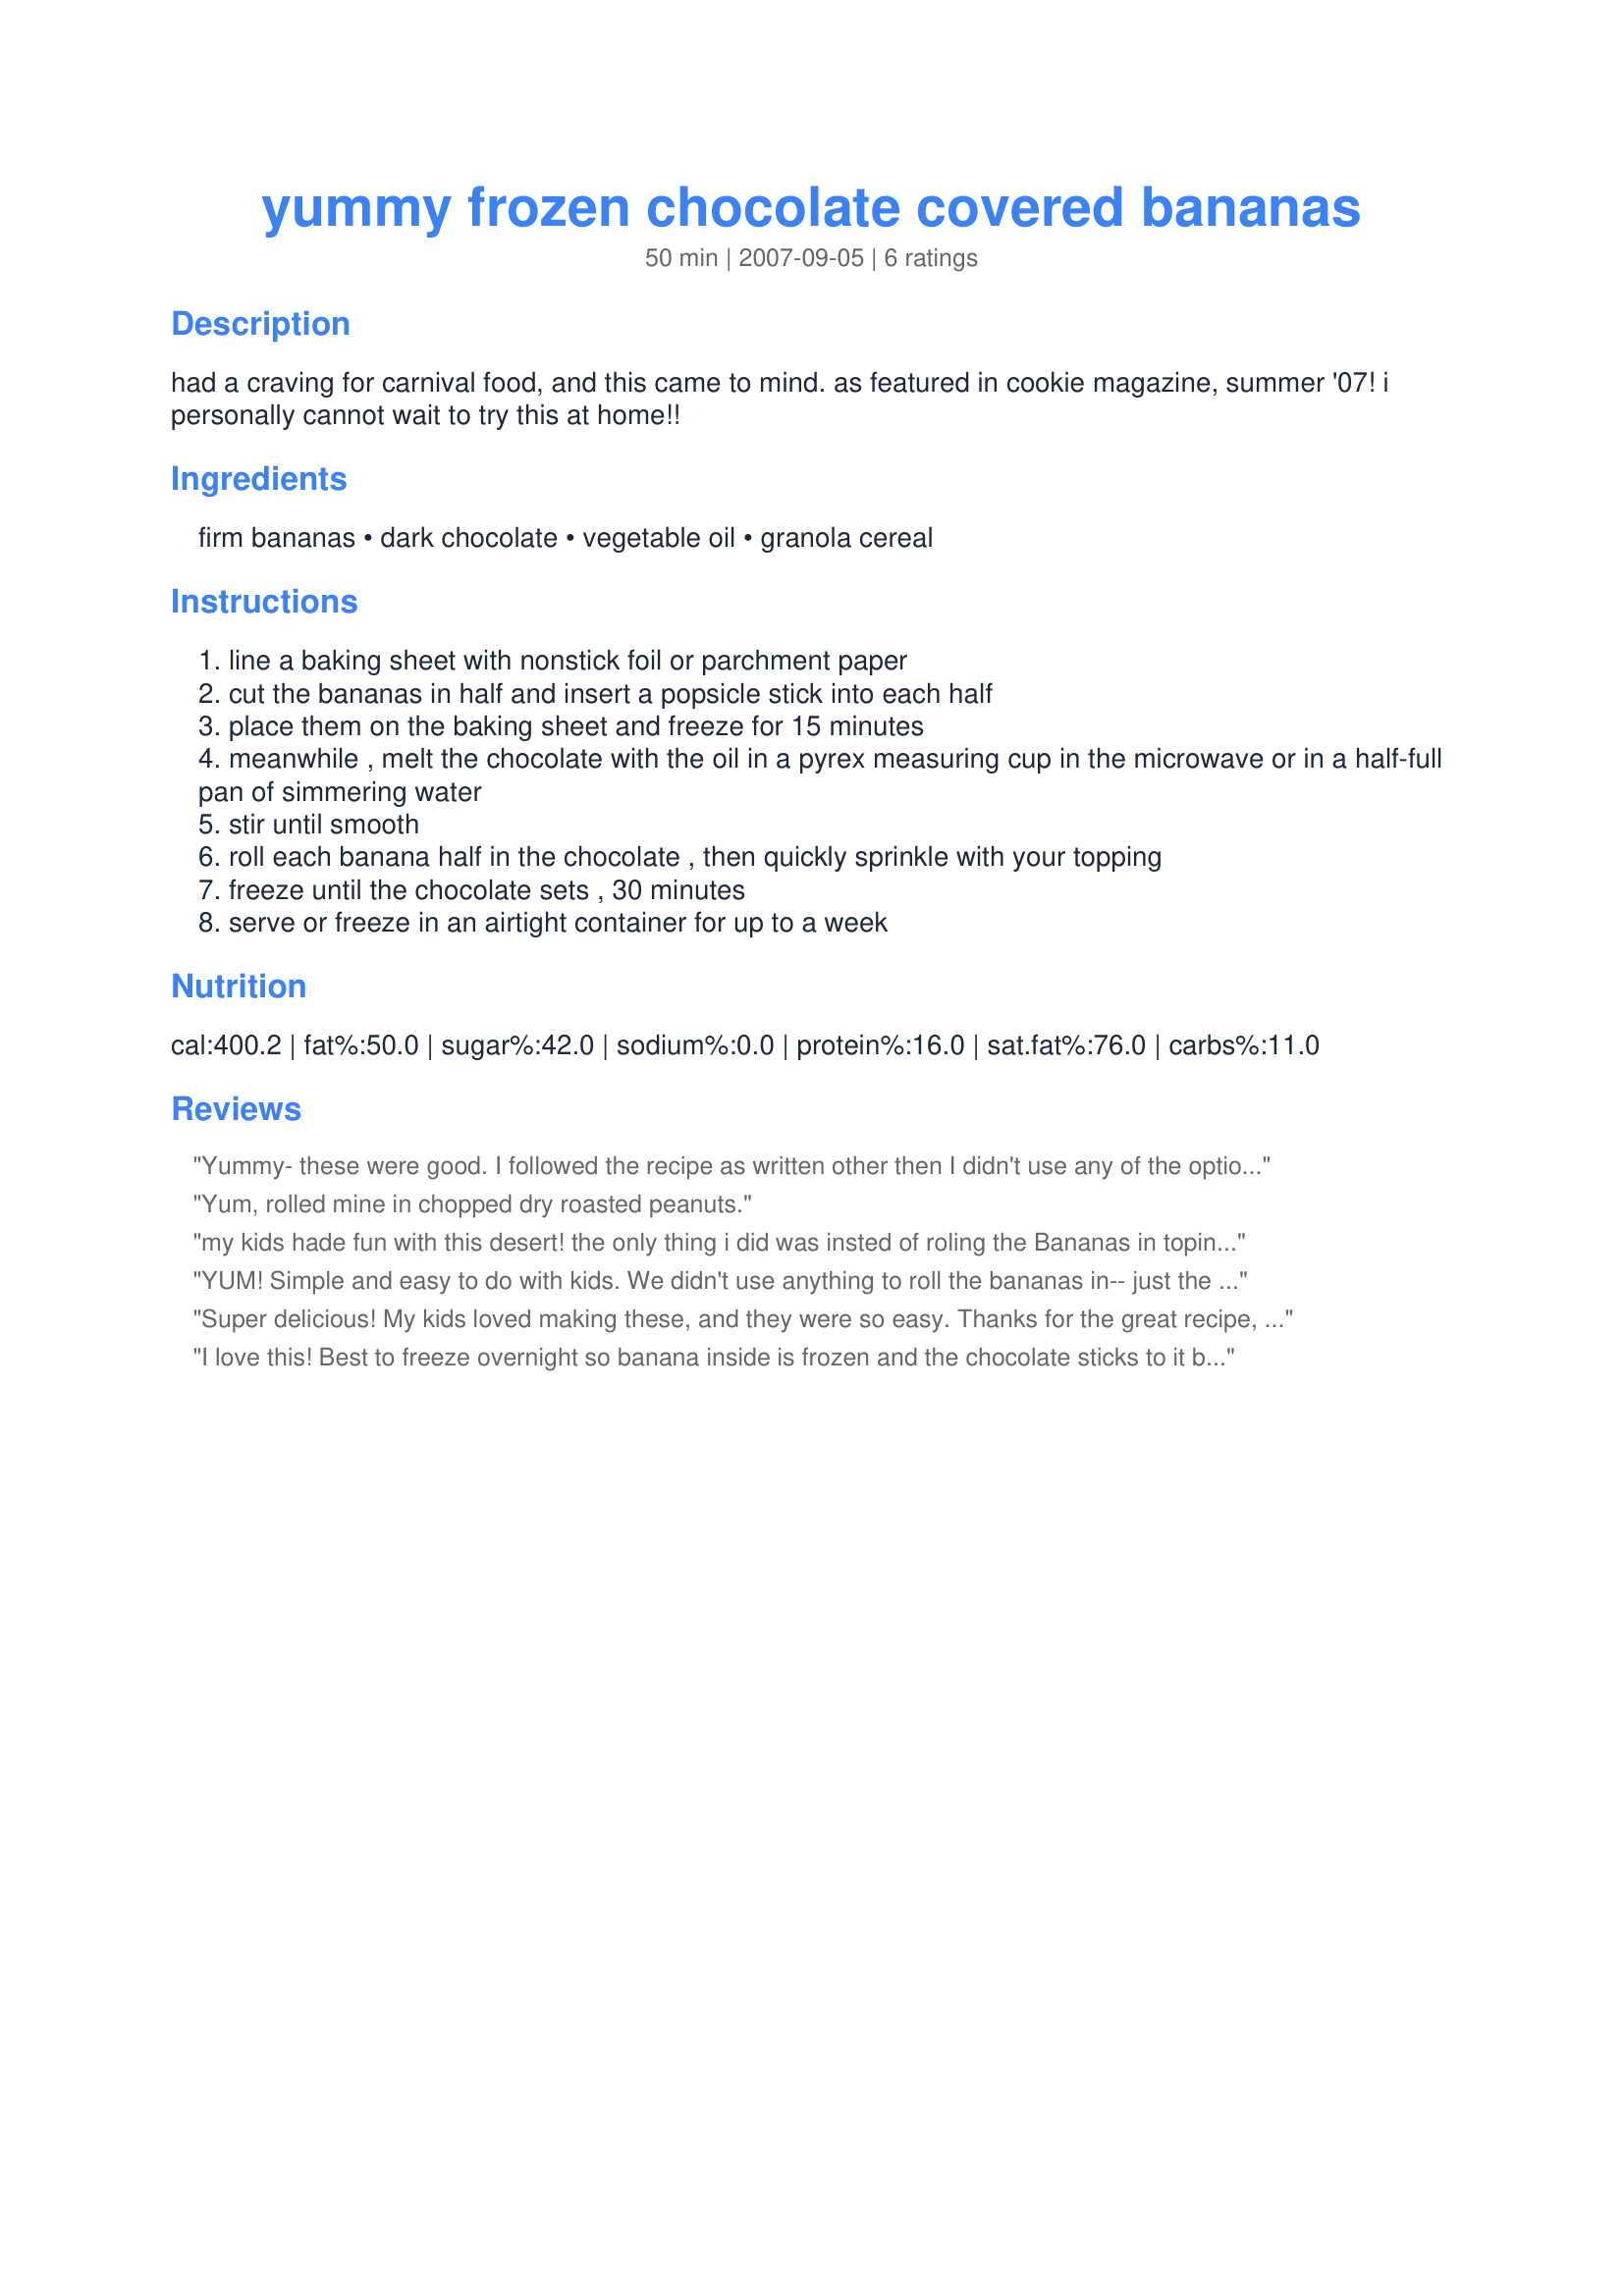
yummy frozen chocolate covered bananas
Preparation time: 50 minutes

had a craving for carnival food, and this came to mind. as featured in cookie magazine, summer '07! i personally cannot wait to try this at home!!

Ingredients:
firm bananas, dark chocolate, vegetable oil, granola cereal

Steps:
line a baking sheet with nonstick foil or parchment paper
cut the bananas in half and insert a popsicle stick into each half
place them on the baking sheet and freeze for 15 minutes
meanwhile , melt the chocolate with the oil in a pyrex measuring cup in the microwave or in a half-full pan of simmering water
stir until smooth
roll each banana half in the chocolate , then quickly sprinkle with your topping
freeze until the chocolate sets , 30 minutes
serve or freeze in an airtight container for up to a week

Reviews:
Yummy- these were good. I followed the recipe as written other then I didn't use any of the optional items. I only had four ounces of milk chocolate chips so used them and only one tablespoon of canola oil. We enjoyed these but next time I would follow another reviewers advice and let the bananas freeze overnight so they also would be frozen. Great yummy treat that is easy to make.
Yum, rolled mine in chopped dry roasted peanuts.
my kids hade fun with this desert!
the only thing i did was insted of roling the Bananas in toping i placed them on a dish that hade a layer of the topping that waw the bananas did not stick at all to the plate and the line of topping along one side made it look special!
YUM! Simple and easy to do with kids. We didn't use anything to roll the bananas in-- just the chocolate was what they wanted. We did have to reheat the chocolate part of the way through, to keep it pourable for all the bananas we were making (we doubled it). Thanks, Indigo!
Super delicious! My kids loved making these, and they were so easy. Thanks for the great recipe, we'll be making these again!
I love this! Best to freeze overnight so banana inside is frozen and the chocolate sticks to it better.
